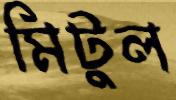
মিটুল